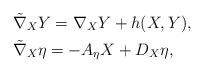
LaTeX: \begin{align*} &\tilde \nabla_XY=\nabla_XY+h(X,Y), \;\;\\& \tilde \nabla_X \eta=-A_\eta X+D_X\eta,\end{align*}